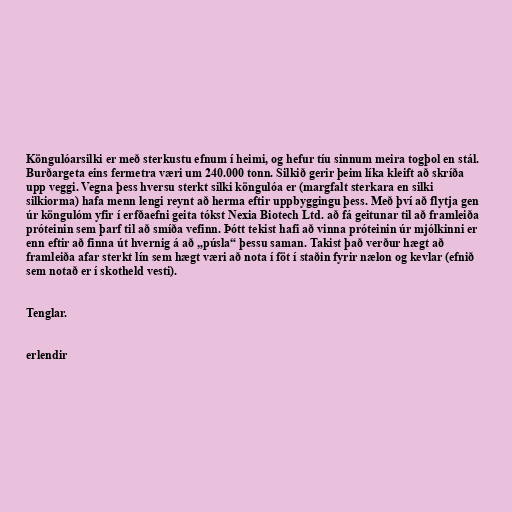
Köngulóarsilki er með sterkustu efnum í heimi, og hefur tíu sinnum meira togþol en stál.
Burðargeta eins fermetra væri um 240.000 tonn. Silkið gerir þeim líka kleift að skríða
upp veggi. Vegna þess hversu sterkt silki köngulóa er (margfalt sterkara en silki
silkiorma) hafa menn lengi reynt að herma eftir uppbyggingu þess. Með því að flytja gen
úr köngulóm yfir í erfðaefni geita tókst Nexia Biotech Ltd. að fá geitunar til að framleiða
próteinin sem þarf til að smíða vefinn. Þótt tekist hafi að vinna próteinin úr mjólkinni er
enn eftir að finna út hvernig á að „púsla“ þessu saman. Takist það verður hægt að
framleiða afar sterkt lín sem hægt væri að nota í föt í staðin fyrir nælon og kevlar (efnið
sem notað er í skotheld vesti).

Tenglar.

erlendir